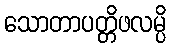
သောတာပတ္တိဖလမ္ပိ